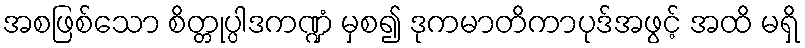
အစဖြစ်သော စိတ္တုပ္ပါဒကဏ္ဍံ မှစ၍ ဒုကမာတိကာပုဒ်အဖွင့် အထိ မရှိ